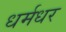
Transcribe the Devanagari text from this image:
धर्मधर